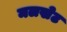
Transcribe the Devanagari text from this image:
मलखेट